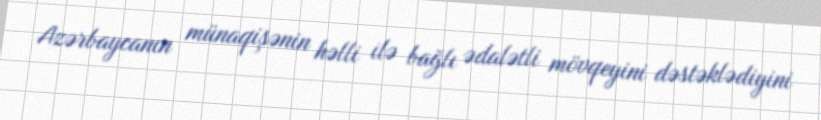
Azərbaycanın münaqişənin həlli ilə bağlı ədalətli mövqeyini dəstəklədiyini